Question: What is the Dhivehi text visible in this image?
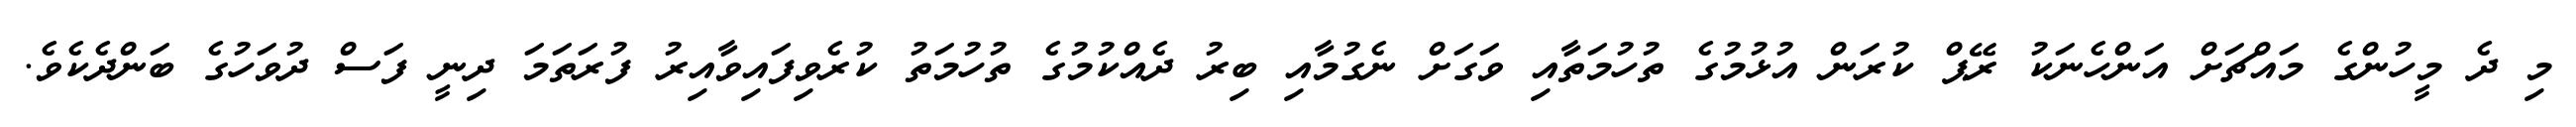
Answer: މި ދެ މީހުންގެ މައްޗަށް އަންހެނަކު ރޭޕް ކުރަން އުޅުމުގެ ތުހުމަތާއި ވަގަށް ނެގުމާއި ބިރު ދެއްކުމުގެ ތުހުމަތު ކުރެވިފައިވާއިރު ފުރަތަމަ ދިނީ ފަސް ދުވަހުގެ ބަންދެކެވެ.